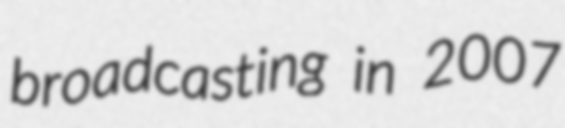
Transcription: broadcasting in 2007